Indian journal of veterinary science and animal husbandry - Volume 9,
Year: 1939
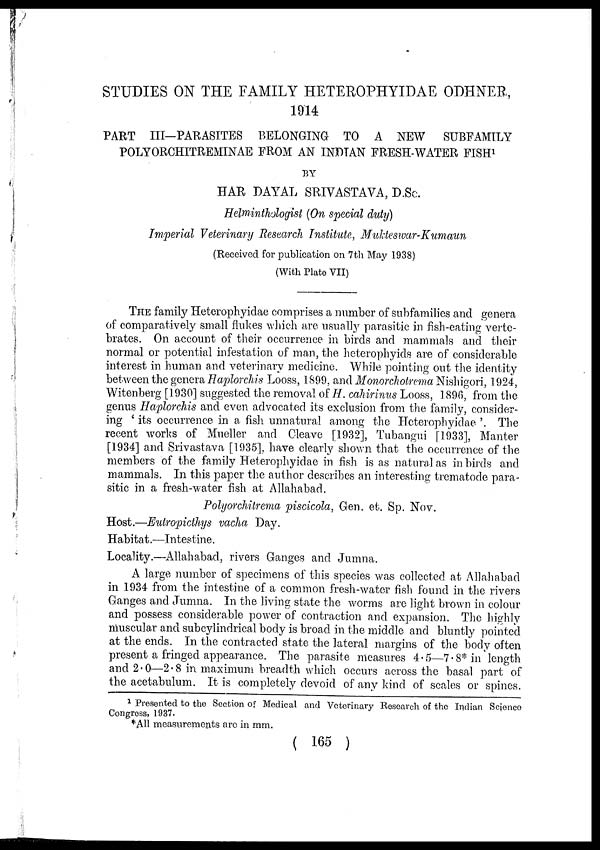
STUDIES ON THE FAMILY HETEROPHYIDAE ODHNER,
1914
PART III—PARASITES BELONGING TO A NEW
SUBFAMILY
POLYORCHITREMINAE FROM AN INDIAN FRESH-WATER FISH 1
BY
HAR DAYAL SRIVASTAVA, D.Sc.
Helminthologist (On special duty)
Imperial Veterinary Research Institute, Mukteswar-Kumaun
(Received for publication on 7th May 1938)
(With Plate VII)
THE family Heterophyidae comprises a number of subfamilies and genera
of comparatively small flukes which are usually parasitic in fish-eating verte-
brates. On account of their occurrence in birds and mammals and their
normal or potential infestation of man, the heterophyids are of considerable
interest in human and veterinary medicine. While pointing out the identity
between the genera Haplorchis Looss, 1899, and Monorchotrema Nishigori, 1924,
Witenberg [1930] suggested the removal of H. cahirinus Looss, 1896, from the
genus Haplorchis and even advocated its exclusion from the family, consider-
ing ' its occurrence in a fish unnatural among the Heterophyidae '. The
recent works of Mueller and Cleave [1932], Tubangui [1933], Manter
[1934] and Srivastava [1935], have clearly shown that the occurrence of the
members of the family Heterophyidae in fish is as natural as in birds and
mammals. In this paper the author describes an interesting trematode para-
sitic in a fresh-water fish at Allahabad.
Polyorchitrema piscicola, Gen. et. Sp. Nov.
Host.—Eutropicthys vacha Day.
Habitat.—Intestine.
Locality.—Allahabad, rivers Ganges and Jumna.
A large number of specimens of this species was collected at Allahabad
in .1934 from the intestine of a common fresh-water fish found in the rivers
Ganges and Jumna. In the living state the worms are light brown in colour
and possess considerable power of contraction and expansion. The highly
muscular and subcylindrical body is broad in the middle and bluntly pointed
at the ends. In the contracted state the lateral margins of the body often
present a fringed appearance. The parasite measures 4.5—7.8* in length
and 2.0—2.8 in maximum breadth which occurs across the basal part of
the acetabulum. It is completely devoid of any kind of scales or spines.
1 Presented to the Section of Medical and Veterinary Research of the Indian Science
Congress, 1937.
*A11 measurements are in mm.
( 165 )